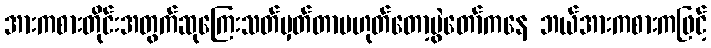
အားကစားတိုင်းအတွက်ဆုကြေးသတ်မှတ်တာမဟုတ်တော့ပွဲတော်ကနေ ဘယ်အားကစားကဖြင့်